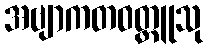
အဗျာကတဝတ္ထူသု